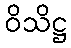
ဝိသိဋ္ဌ